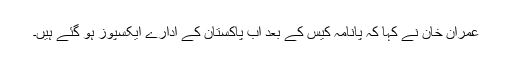
عمران خان نے کہا کہ پانامہ کیس کے بعد اب پاکستان کے ادارے ایکسپوز ہو گئے ہیں۔